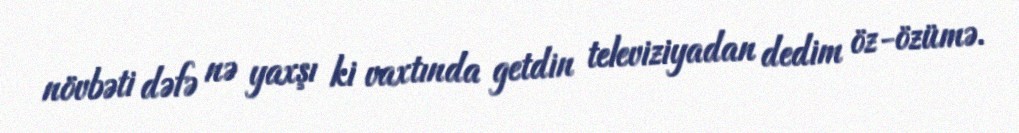
növbəti dəfə nə yaxşı ki vaxtında getdin televiziyadan dedim öz-özümə.